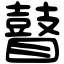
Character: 瞽